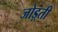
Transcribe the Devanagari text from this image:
जोड़्ती